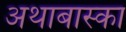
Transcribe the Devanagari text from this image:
अथाबास्का